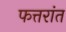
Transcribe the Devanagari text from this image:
फत्तरांत